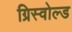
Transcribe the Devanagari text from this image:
ग्रिस्वोल्ड